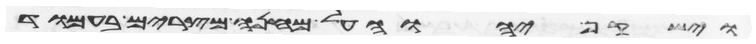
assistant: וישקף יהוה על מחנה מצרים בעמוד